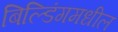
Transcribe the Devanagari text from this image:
बिल्डिंगमधील